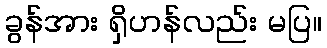
ခွန်အား ရှိဟန်လည်း မပြ။